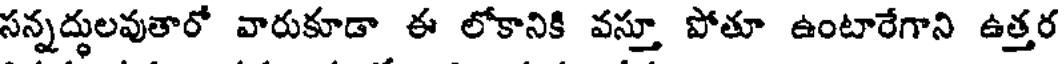
సన్నద్ధులవుతారో వారుకూడా ఈ లోకానికి వస్తూ పోతూ ఉంటారేగాని ఉత్తర